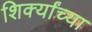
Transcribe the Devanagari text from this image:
शिर्क्यांच्या